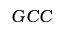
G C C